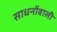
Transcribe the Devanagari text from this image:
साधनोंवाली